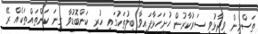
ތަސްމީން ވިދާޅުވީ ސަރުކާރުން ހުށަހަޅާފައިވާ ބިލުތަކުގައި ހުރި ކަންބޮޑުވާ ގިނަ ކަންތައްތަކެއް ރޭ